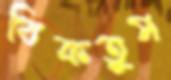
বিকতুম